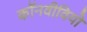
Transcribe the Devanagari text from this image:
कॉनवीवियो